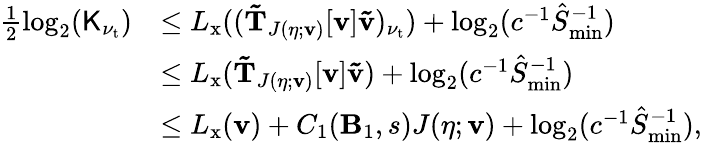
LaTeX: \begin{array}{rl}{\frac{1}{2}\log_{2}(\mathsf{K}_{\nu_{\mathrm{t}}})}&{\leq L_{\mathrm{x}}((\mathbf{\tilde{T}}_{J(\eta;\mathbf{v})}[\mathbf{v}]\mathbf{\tilde{v}})_{\nu_{\mathrm{t}}})+\log_{2}(c^{-1}\hat{S}_{\operatorname*{min}}^{-1})}\\ &{\leq L_{\mathrm{x}}(\mathbf{\tilde{T}}_{J(\eta;\mathbf{v})}[\mathbf{v}]\mathbf{\tilde{v}})+\log_{2}(c^{-1}\hat{S}_{\operatorname*{min}}^{-1})}\\ &{\leq L_{\mathrm{x}}(\mathbf{v})+C_{1}(\mathbf{B}_{1},s)J(\eta;\mathbf{v})+\log_{2}(c^{-1}\hat{S}_{\operatorname*{min}}^{-1}),}\end{array}